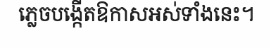
ភ្លេចបង្កើតឱកាសអស់ទាំងនេះ។